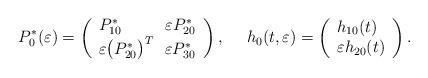
LaTeX: \begin{align*}P^{*}_{0}(\varepsilon)=\left(\begin{array}{l}P_{1 0}^{*}\ \ \ \ \ \ \ \ \varepsilon P_{2 0}^{*} \\\varepsilon \big(P_{2 0}^{*}\big)^{T}\ \ \varepsilon P_{3 0}^{*}\end{array}\right),\ \ \ \ h_{0}(t,\varepsilon)=\left(\begin{array}{l}h_{1 0}(t) \\\varepsilon h_{2 0}(t)\end{array}\right). \end{align*}